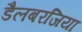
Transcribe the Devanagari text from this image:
डैलबरजिया